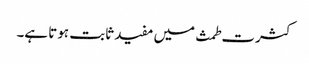
کثرت طمث میں مفید ثابت ہوتا ہے۔